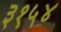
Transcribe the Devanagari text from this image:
३१५४